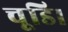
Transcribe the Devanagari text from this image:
चूडि।